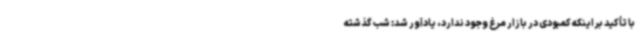
با تأکید بر اینکه کمبودی در بازار مرغ وجود ندارد، یادآور شد: شب گذشته